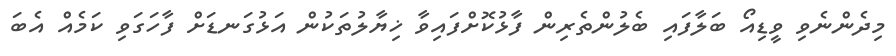
މިދެންނެވި ވީޑިއޯ ބަލާފައި ބެލުންތެރިން ފާޅުކޮށްފައިވާ ޚިޔާލުތަކުން އަޅުގަނޑަށް ފާހަގަވި ކަމެއް އެބަ